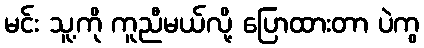
မင်း သူ့ကို ကူညီမယ်လို့ ပြောထားတာ ပဲကွ